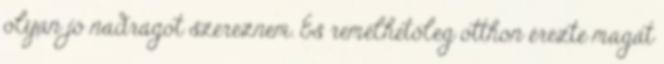
olyan jó nadrágot szereznem. És remélhetőleg otthon érezte magát